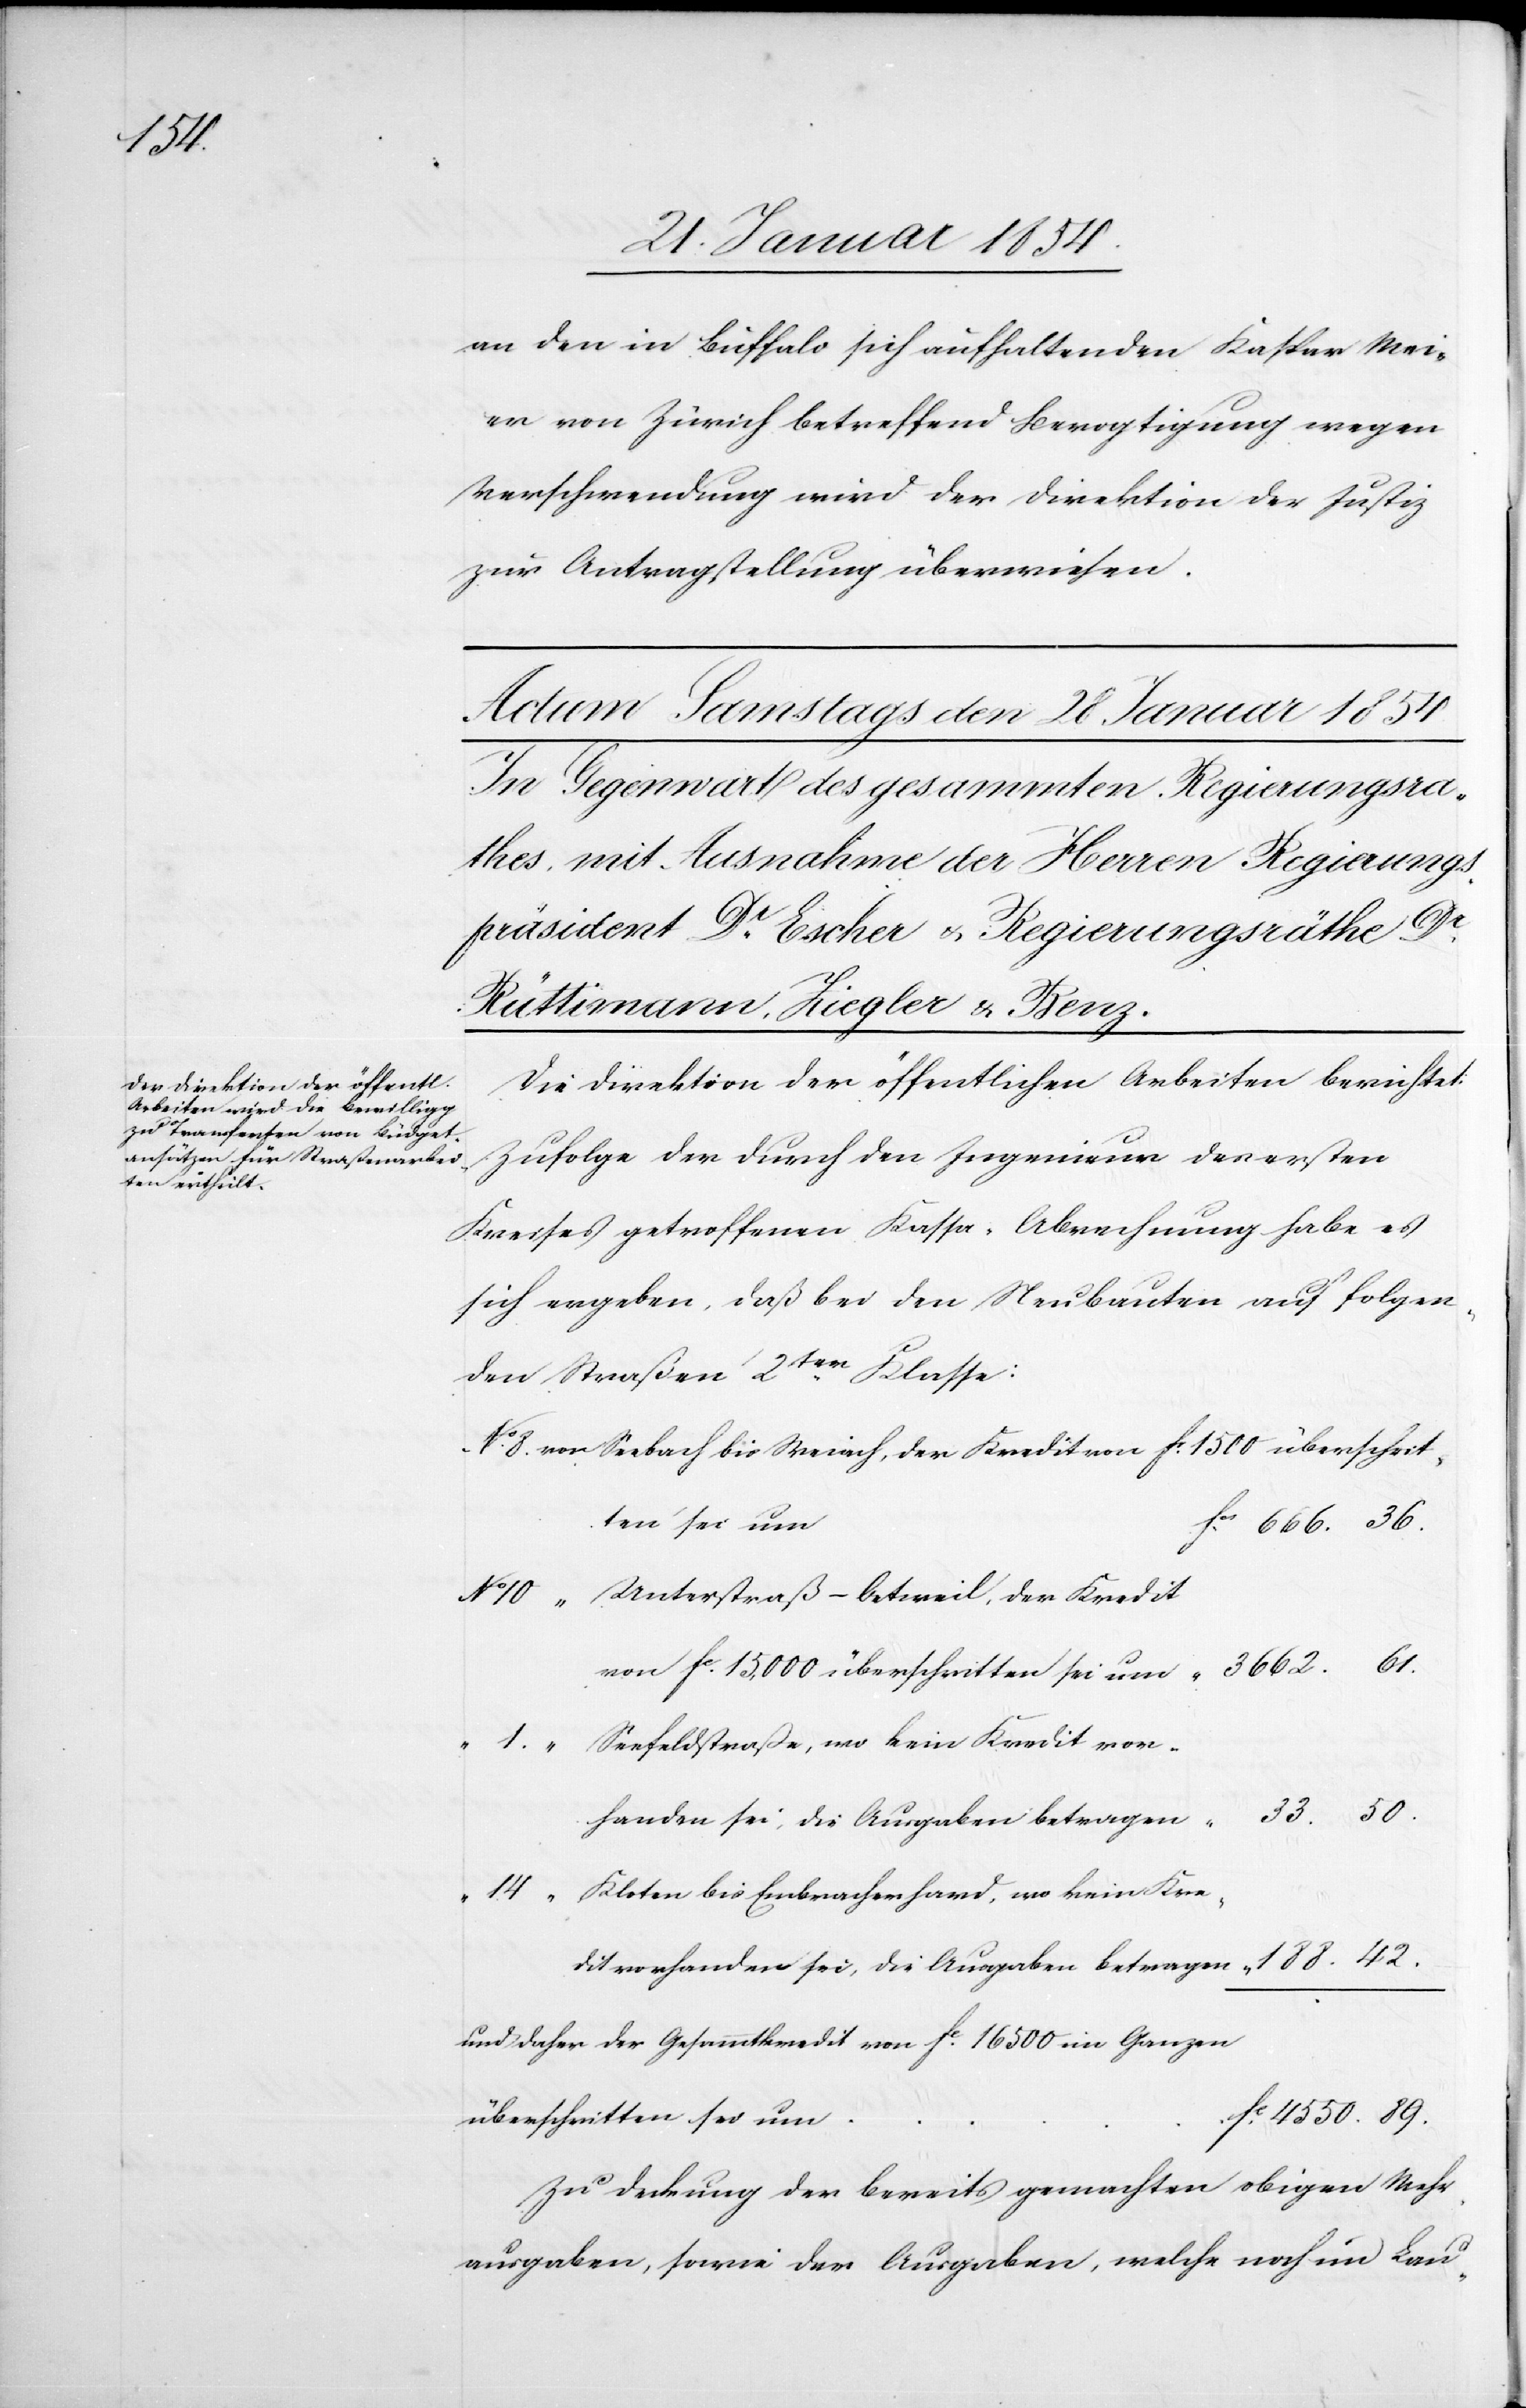
188.42.

an den in Buffalo sich aufhaltenden Kaspar Mei¬
er von Zürich betreffend Bevogtigung wegen
Verschwendung wird der Direktion der Justiz
zur Antragstellung überwiesen.
Die Direktion der öffentlichen Arbeiten berichtet
Zufolge der durch den Ingenieur des ersten
Kreises getroffenen Kassa-Abrechnung habe es
sich ergeben, daß bei den Neubauten auf folgen¬
den Straßen 2ter Klasse:
von Seebach bis Weiach der Kredit von Fc 1500 überschrit¬
ten sei um
„ Unterstraß-Oetweil, der Kredit
1.
„
Seefeldstraße, wo kein Kredit vor¬
handen sei, die Ausgaben betragen
„ 14
„ Kloten bis Embracherhard, wo kein Kre¬
dit vorhanden sei, die Ausgaben betragen
und daher der Gesamtkredit von Fc 16 500 im Ganzen
überschritten um
Zu Deckung der bereits gemachten obigen Mehr¬
ausgaben, sowie der Ausgaben, welche noch im Lau-